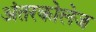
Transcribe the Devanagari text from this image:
अंतरकोलेज